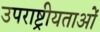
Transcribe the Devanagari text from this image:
उपराष्ट्रीयताओं